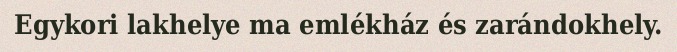
Egykori lakhelye ma emlékház és zarándokhely.